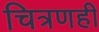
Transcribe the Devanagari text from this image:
चित्रणही